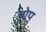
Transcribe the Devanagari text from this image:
बोप्